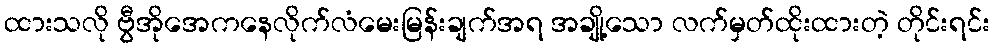
ထားသလို ဗွီအိုအေကနေလိုက်လံမေးမြန်းချက်အရ အချို့သော လက်မှတ်ထိုးထားတဲ့ တိုင်းရင်း